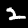
Label: 2